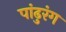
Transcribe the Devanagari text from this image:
पांढुरंग